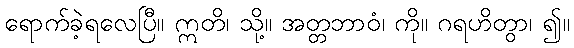
ရောက်ခဲ့ရလေပြီ။ ဣတိ၊ သို့။ အတ္တဘာဝံ၊ ကို။ ဂရဟိတွာ၊ ၍။